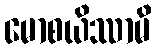
မောစယိဿာမိ